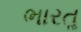
ભારતૢ